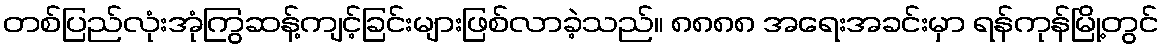
တစ်ပြည်လုံးအုံကြွဆန့်ကျင့်ခြင်းများဖြစ်လာခဲ့သည်။ ၈၈၈၈ အရေးအခင်းမှာ ရန်ကုန်မြို့တွင်